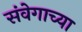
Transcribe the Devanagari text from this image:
संवेगाच्या